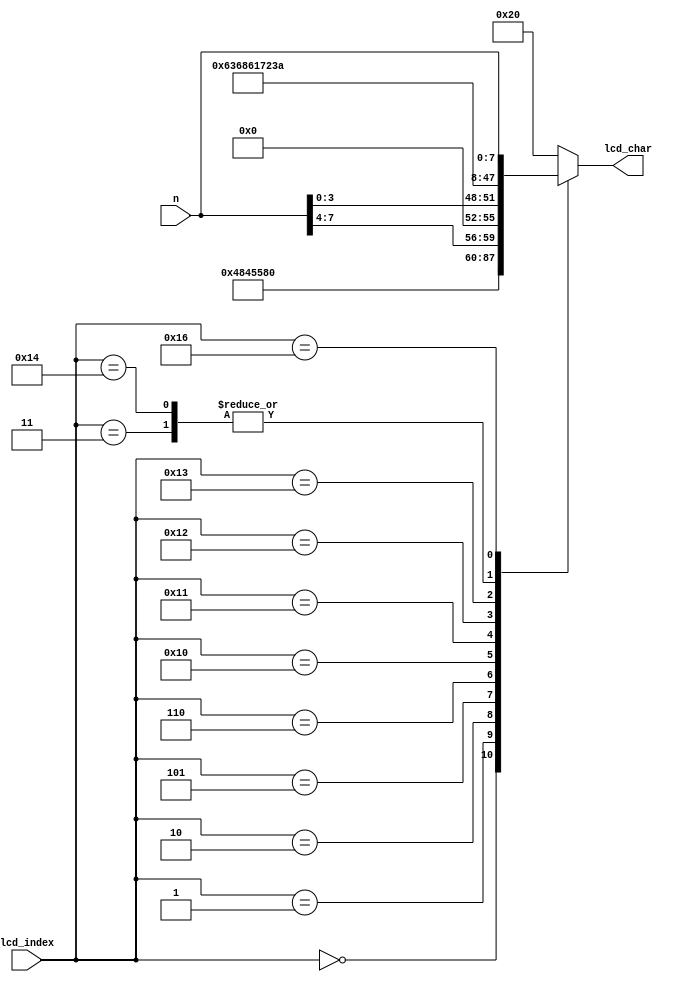
module text_and_data (
   input       [7:0] n,
   input       [4:0] lcd_index,
   output reg  [7:0] lcd_char
   );
   
   always @(*)
      case (lcd_index)
         0:  lcd_char = "H";
         1:  lcd_char = "E";
         2:  lcd_char = "X";
         3:  lcd_char = ":";
         4:  lcd_char = " ";
         5:  lcd_char = {4'b0, n[7:4]};
         6:  lcd_char = {4'b0, n[3:0]};
         
         16: lcd_char = "c";
         17: lcd_char = "h";
         18: lcd_char = "a";
         19: lcd_char = "r";
         20: lcd_char = ":";
         21: lcd_char = " ";
         22: lcd_char = n;     
         default: lcd_char = " ";
      endcase        
endmodule